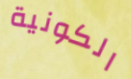
الكونية